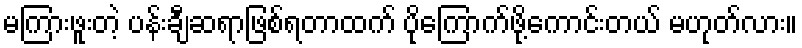
မကြားဖူးတဲ့ ပန်းချီဆရာဖြစ်ရတာထက် ပိုကြောက်ဖို့ကောင်းတယ် မဟုတ်လား။